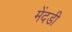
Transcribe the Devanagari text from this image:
मेंदडी